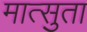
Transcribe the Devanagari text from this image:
मात्सुता